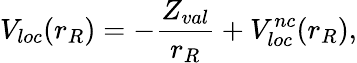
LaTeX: V_{loc}(r_{R})=-\frac{Z_{val}}{r_{R}}+V_{loc}^{nc}(r_{R}),